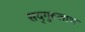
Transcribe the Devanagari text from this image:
सद्‌गुरुलाभ